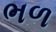
ભળ